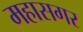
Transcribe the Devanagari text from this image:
महासगर